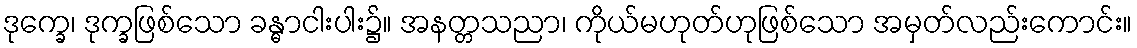
ဒုက္ခေ၊ ဒုက္ခဖြစ်သော ခန္ဓာငါးပါး၌။ အနတ္တသညာ၊ ကိုယ်မဟုတ်ဟုဖြစ်သော အမှတ်လည်းကောင်း။